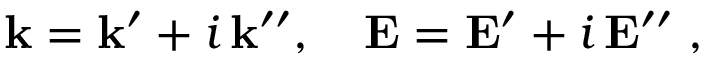
{ \bf k } = { \bf k } ^ { \prime } + i \, { \bf k } ^ { \prime \prime } , \quad { \bf E } = { \bf E } ^ { \prime } + i \, { \bf E } ^ { \prime \prime } \; ,